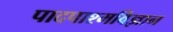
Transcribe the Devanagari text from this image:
पादपाश्मविज्ञान